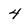
Character: 4